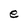
Character: e